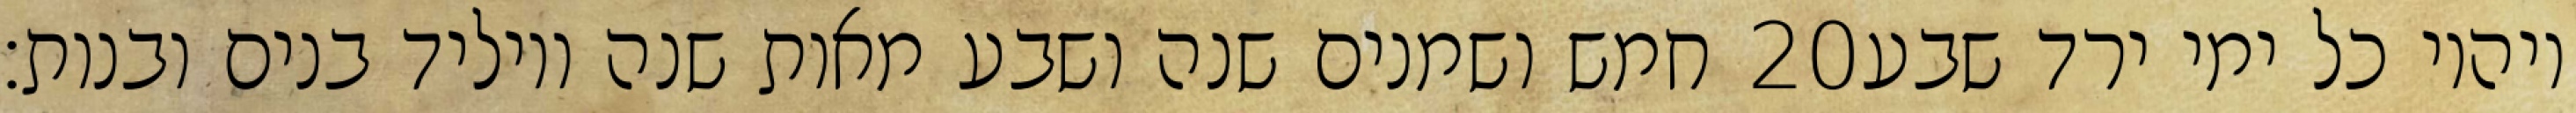
חמש ושמנים שנה ושבע מאות שנה ויוליד בנים ובנות׃ ‎20‏ ויהיו כל ימי ירד שבע